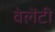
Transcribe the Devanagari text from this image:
वेलेंटी